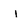
Character: i